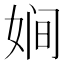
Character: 㛠